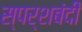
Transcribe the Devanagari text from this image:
स्पर्शबंदी